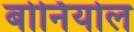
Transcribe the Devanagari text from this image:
बोर्नियोल